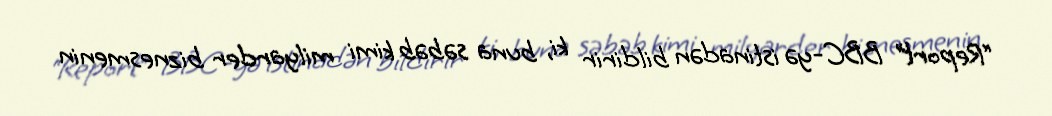
“Report” BBC-yə istinadən bildirir ki, buna səbəb kimi milyarder biznesmenin